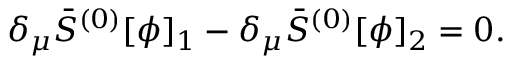
\delta _ { \mu } \bar { S } ^ { ( 0 ) } [ \phi ] _ { 1 } - \delta _ { \mu } \bar { S } ^ { ( 0 ) } [ \phi ] _ { 2 } = 0 .